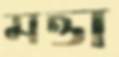
মত্তা